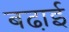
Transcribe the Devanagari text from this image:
बढा़ई